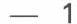
- 1